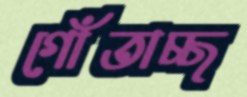
গোঁতাচ্ছ